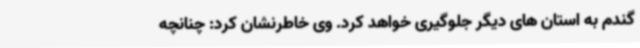
گندم به استان های دیگر جلوگیری خواهد کرد. وی خاطرنشان کرد: چنانچه